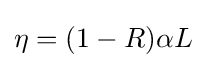
\eta =(1-R)\alpha L